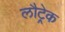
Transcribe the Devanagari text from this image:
लौट्रेक